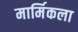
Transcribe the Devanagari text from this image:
मार्मिकला